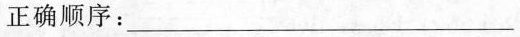
正确顺序：___